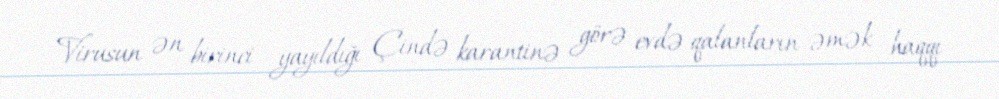
Virusun ən birinci yayıldığı Çində karantinə görə evdə qalanların əmək haqqı